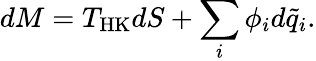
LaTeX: dM=T_{\mathrm{HK}}dS+\sum_{i}\phi_{i}d\tilde{q}_{i}.